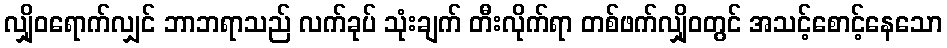
လျှိုဝရောက်လျှင် ဘာဘရာသည် လက်ခုပ် သုံးချက် တီးလိုက်ရာ တစ်ဖက်လျှိုဝတွင် အသင့်စောင့်နေသော